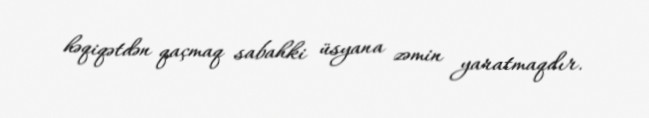
həqiqətdən qaçmaq sabahki üsyana zəmin yaratmaqdır.